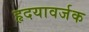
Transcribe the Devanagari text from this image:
हृदयावर्जक